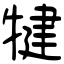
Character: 犍